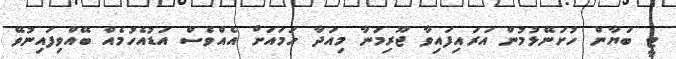
ޓީ ބަޔާން ހުށަނޭޅުމުން އަރައިފައިވާ ޖޫރިމަނާ މިއަދާ ހަމައަށް އެއްވެސް އަޑުއެހުމެއް ބޭއްވިފައިނުވޭ